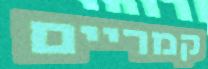
קמריים